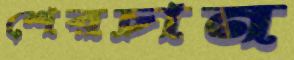
শেরচান